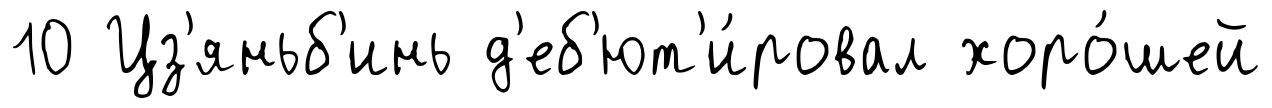
10 Цз'яньб'инь д'еб'ют'и́ровал хоро́шей